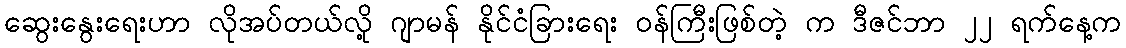
ဆွေးနွေးရေးဟာ လိုအပ်တယ်လို့ ဂျာမန် နိုင်ငံခြားရေး ဝန်ကြီးဖြစ်တဲ့ က ဒီဇင်ဘာ ၂၂ ရက်နေ့က